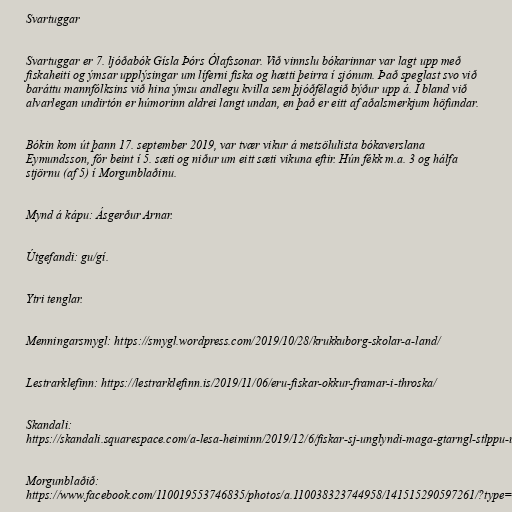
Svartuggar

Svartuggar er 7. ljóðabók Gísla Þórs Ólafssonar. Við vinnslu bókarinnar var lagt upp með
fiskaheiti og ýmsar upplýsingar um líferni fiska og hætti þeirra í sjónum. Það speglast svo við
baráttu mannfólksins við hina ýmsu andlegu kvilla sem þjóðfélagið býður upp á. Í bland við
alvarlegan undirtón er húmorinn aldrei langt undan, en það er eitt af aðalsmerkjum höfundar.

Bókin kom út þann 17. september 2019, var tvær vikur á metsölulista bókaverslana
Eymundsson, fór beint í 5. sæti og niður um eitt sæti vikuna eftir. Hún fékk m.a. 3 og hálfa
stjörnu (af 5) í Morgunblaðinu.

Mynd á kápu: Ásgerður Arnar.

Útgefandi: gu/gí.

Ytri tenglar.

Menningarsmygl: https://smygl.wordpress.com/2019/10/28/krukkuborg-skolar-a-land/

Lestrarklefinn: https://lestrarklefinn.is/2019/11/06/eru-fiskar-okkur-framar-i-throska/

Skandali:
https://skandali.squarespace.com/a-lesa-heiminn/2019/12/6/fiskar-sj-unglyndi-maga-gtarngl-stlppu-umnbspsvartugganbspe-gsla-r-lafsson

Morgunblaðið:
https://www.facebook.com/110019553746835/photos/a.110038323744958/141515290597261/?type=3&amp;theater